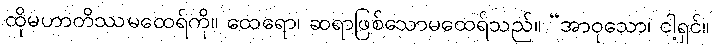
ထိုမဟာတိဿမထေရ်ကို။ ထေရော၊ ဆရာဖြစ်သောမထေရ်သည်။ “အာဝုသော၊ ငါ့ရှင်။